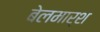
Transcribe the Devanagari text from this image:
बेलमार्श